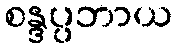
စန္ဒပ္ပဘာယ